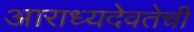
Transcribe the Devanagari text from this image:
आराध्यदेवतेची